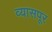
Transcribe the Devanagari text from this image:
व्यासपूर